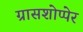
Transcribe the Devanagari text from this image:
ग्रासशोप्पेर